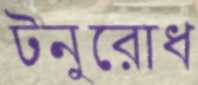
টনুরোধ